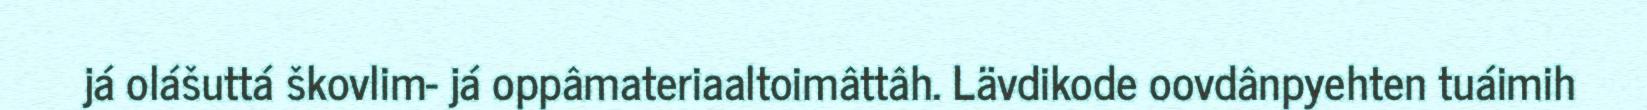
já olášuttá škovlim- já oppâmateriaaltoimâttâh. Lävdikode oovdânpyehten tuáimih